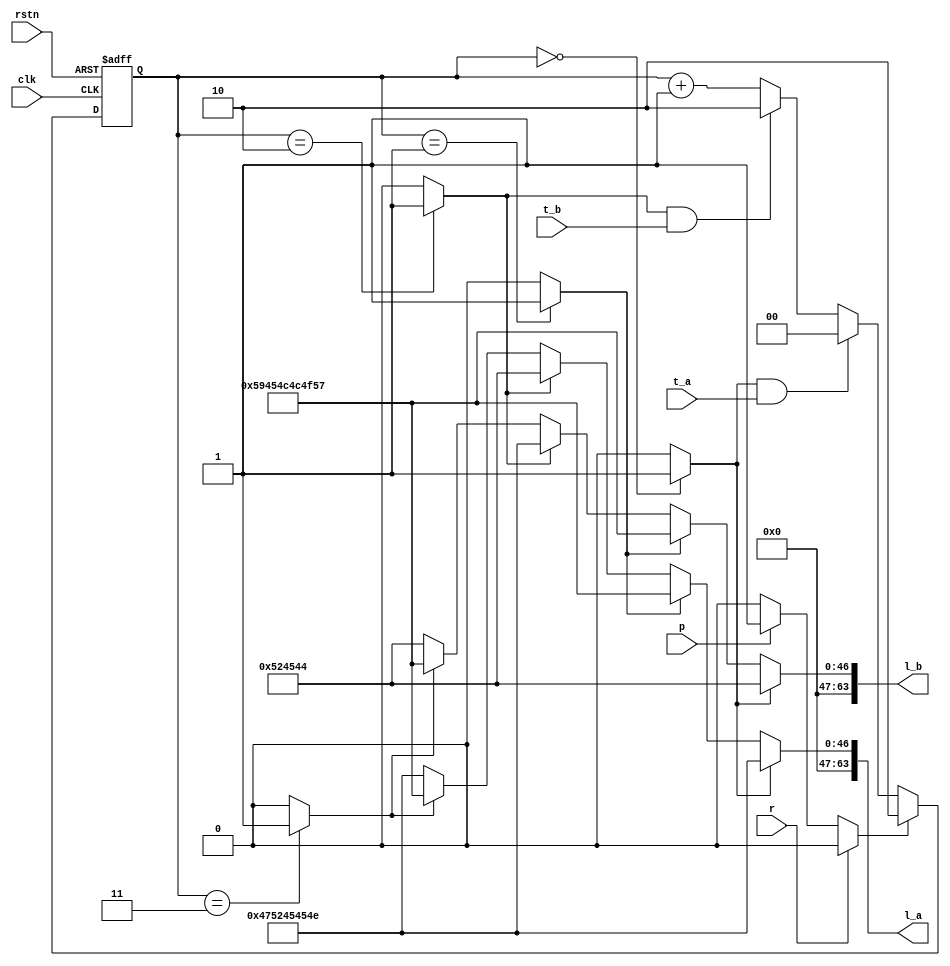
	module traffic_light
(
	output		[8*8-1 : 0]		l_a,
	output		[8*8-1 : 0]		l_b,
	input						p,
	input						r,
	input						t_a,
	input						t_b,
	input						clk,
	input						rstn
);

wire		mode;
reg	[1:0]	state;
wire		state_0;
wire		state_1;
wire		state_2;
wire		state_3;

assign	mode	=	(r)	? 0 :
					(p)	? 1 : 0;
assign	state_0	=	(state == 0) ? 1 : 0;
assign	state_1	=	(state == 1) ? 1 : 0;
assign	state_2	=	(state == 2) ? 1 : 0;
assign	state_3	=	(state == 3) ? 1 : 0;

assign	l_a	=	(state_0)	?	"GREEN"		:
				(state_1)	?	"YELLOW"	:
				(state_2)	?	"RED"		:
				(state_3)	?	"YELLOW"	:	"GREEN";

assign	l_b	=	(state_0)	?	"RED"		:
				(state_1)	?	"YELLOW"	:
				(state_2)	?	"GREEN"		:
				(state_3)	?	"YELLOW"	:	"RED";

always @(posedge clk or negedge rstn) begin
	if(!rstn) begin
		state	= 0;
	end else begin
		if (mode) begin
			state	<= 2;
		end else begin
			if(state_0 & t_a) begin
				state	<=	0;
			end else begin
				if(state_2 & t_b) begin
					state	<=	2;
				end else begin
					state	<=	state + 1;
				end
			end
		end
	end
end

endmodule